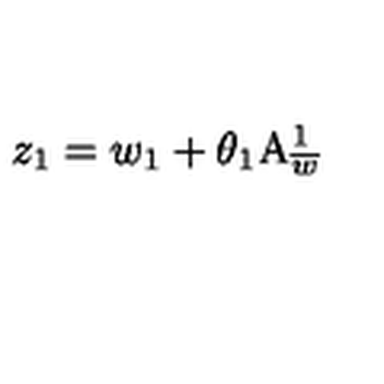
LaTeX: z _ { 1 } = w _ { 1 } + \theta _ { 1 } \mathrm { A } _ { \overline { { w } } } ^ { 1 }